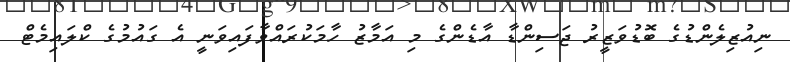
ނިއުޒިލެންޑުގެ ބޮޑުވަޒީރު ޖަސިންޑާ އާޑެންގެ މި އަމާޒު ހާމަކުރައްވާފައިވަނީ އެ ގައުމުގެ ކްލައިމެޓް